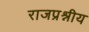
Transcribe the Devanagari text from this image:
राजप्रश्नीय